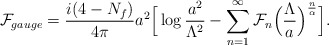
\begin{align*}{\cal F}_{gauge}=\frac{i(4-N_f)}{4\pi}a^2\Big[\log\frac{a^2}{\Lambda^2}-\sum_{n=1}^{\infty}{\cal F}_n\Big(\frac{\Lambda}{a}\Big)^{\frac{n}{\alpha}}\Big].\end{align*}